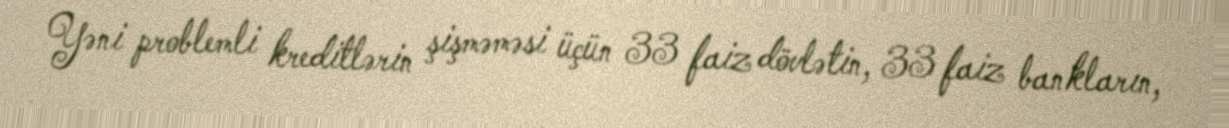
Yəni problemli kreditlərin şişməməsi üçün 33 faiz dövlətin, 33 faiz bankların,